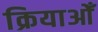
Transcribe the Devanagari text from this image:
क्रियाओँ